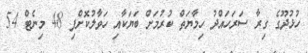
ހުޅުދޫގެ ގިރާ ސަރަހައްދު ހިމާޔަތް ކުރުމަށް ބަޔަކާއި ހަވާލުކޮށްފި 48 މިނެޓް 54